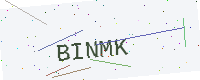
Text: BINMK